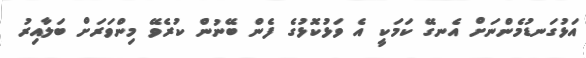
އަޅުގަނޑުމެންނަށް އެނގޭ ކަމަކީ އެ ވަޅުކޮޅުގެ ފެން ބޭނުން ކުރެވޭ މިންވަރަށް ބަލާއިރު